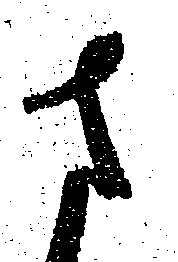
さ